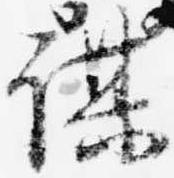
謀